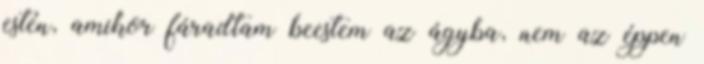
estén, amikor fáradtam beestem az ágyba, nem az éppen